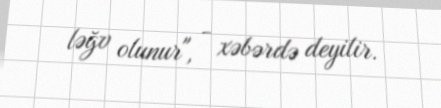
ləğv olunur", - xəbərdə deyilir.